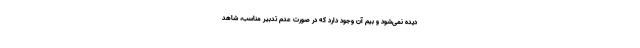
دیده نمی‌شود و بیم آن وجود دارد که در صورت عدم تدبیر مناسب، شاهد